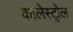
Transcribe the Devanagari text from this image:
कालेस्ट्रोल